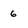
Character: 6